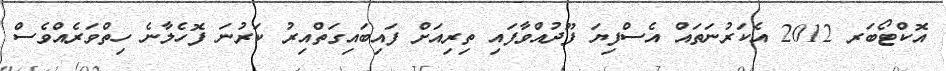
އޮކްޓޯބަރ 2012 އެކަރުނަތައް އެސްފިޔަ ފޫދުއްވާފައި ތިރިއަށް ފައިބައިގަތްއިރު ކަރުނަ ފޮހެލާނެ ހިތްވަރެއްވެސް